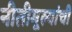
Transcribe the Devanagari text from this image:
नीतीमूल्यांची